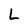
Character: L